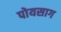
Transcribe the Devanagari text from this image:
पोयसाग